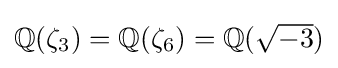
{\textstyle \mathbb {Q} (\zeta _{3})=\mathbb {Q} (\zeta _{6})=\mathbb {Q} ({\sqrt {-3}})}